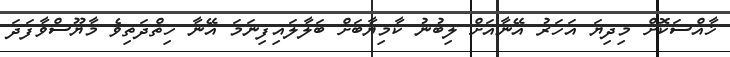
ޚާއްސަކޮށް މިދިޔަ އަހަރު އޭނާއަށް ލިބުނު ކާމިޔާބަށް ބަލާލައިފިނަމަ އޭނާ ހިތްދަތިވެ މާޔޫސްވާފަދަ